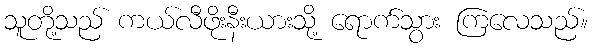
သူတို့သည် ကယ်လီဖိုးနီးယားသို့ ရောက်သွား ကြလေသည်။